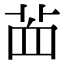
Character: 𦭾